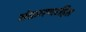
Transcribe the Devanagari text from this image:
संक्रमणरहित